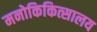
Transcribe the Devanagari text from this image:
मनोकिकित्सालय